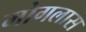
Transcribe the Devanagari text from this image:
मोगलास